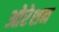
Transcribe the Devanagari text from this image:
ओरेशन